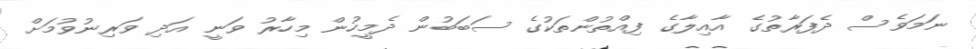
ނަމަވެސް ދެފަރާތުގެ އާއިލާގެ ފިއްތުންތަކުގެ ސަބަބުން ދެމީހުން މިހާރު ވަނީ އަދި ވަރިނުވުމަށް